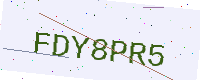
Text: FDY8PR5